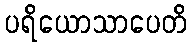
ပရိယောသာပေတိ